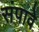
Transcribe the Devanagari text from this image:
संपावे